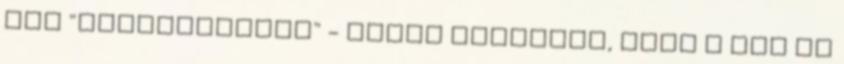
May "megérdemelte" - annak ellenére, hogy a kár jó